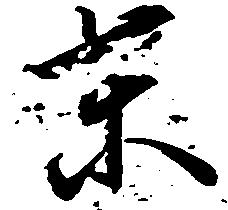
東